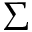
\Sigma